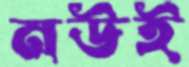
নউই